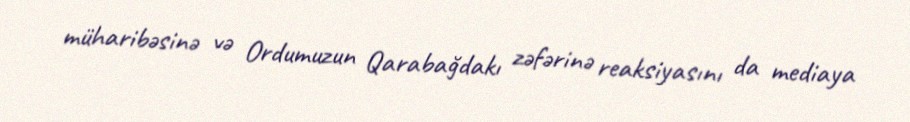
müharibəsinə və Ordumuzun Qarabağdakı zəfərinə reaksiyasını da mediaya